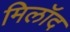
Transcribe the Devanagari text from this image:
मिलॉद